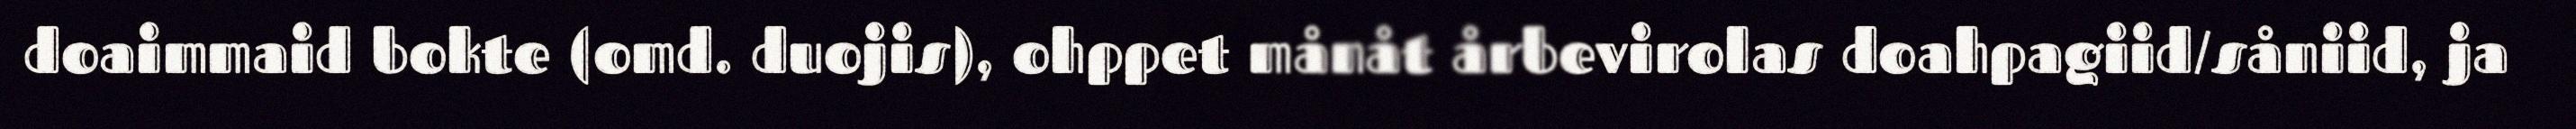
doaimmaid bokte (omd. duojis), ohppet månåt årbevirolas doahpagiid/såniid, ja